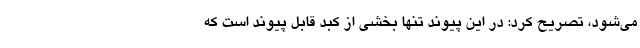
می‌شود،‌ تصریح کرد: در این پیوند تنها بخشی از کبد قابل پیوند است که